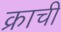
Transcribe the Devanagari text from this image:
क्राची